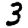
Digit: 3